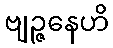
ဗျဉ္ဇနေဟိ